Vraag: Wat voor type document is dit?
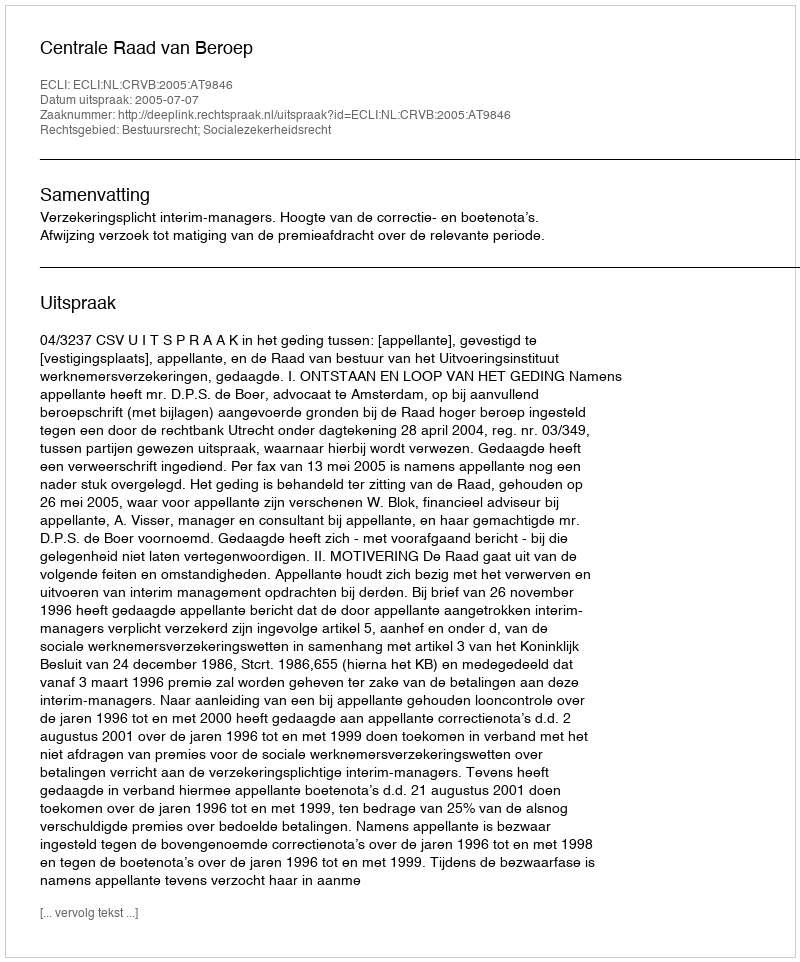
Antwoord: Uitspraak